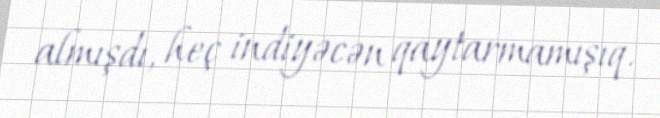
almışdı, heç indiyəcən qaytarmamışıq.